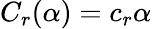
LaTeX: C_{r}(\alpha)=c_{r}\alpha